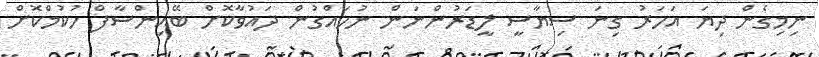
ނިމިގެން ދިޔަ އަހަރު ގިނަ ސިޔާސީ ލީޑަރުންނަން ނުހައްގުން ދައުވާކޮށް ބޭއިންސާފް ހުކުމްކޮށް